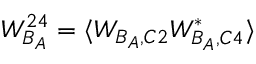
W _ { B _ { A } } ^ { 2 4 } = \langle W _ { B _ { A } , C 2 } W _ { B _ { A } , C 4 } ^ { * } \rangle